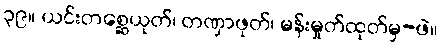
၃၉။ ယင်းတစ္ဆေယုတ်၊ တဏှာဖုတ်၊ မန်းမှုတ်ထုတ်မှ-ဖဲ။